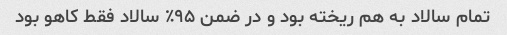
تمام سالاد به هم ریخته بود و در ضمن ۹۵٪ سالاد فقط کاهو بود